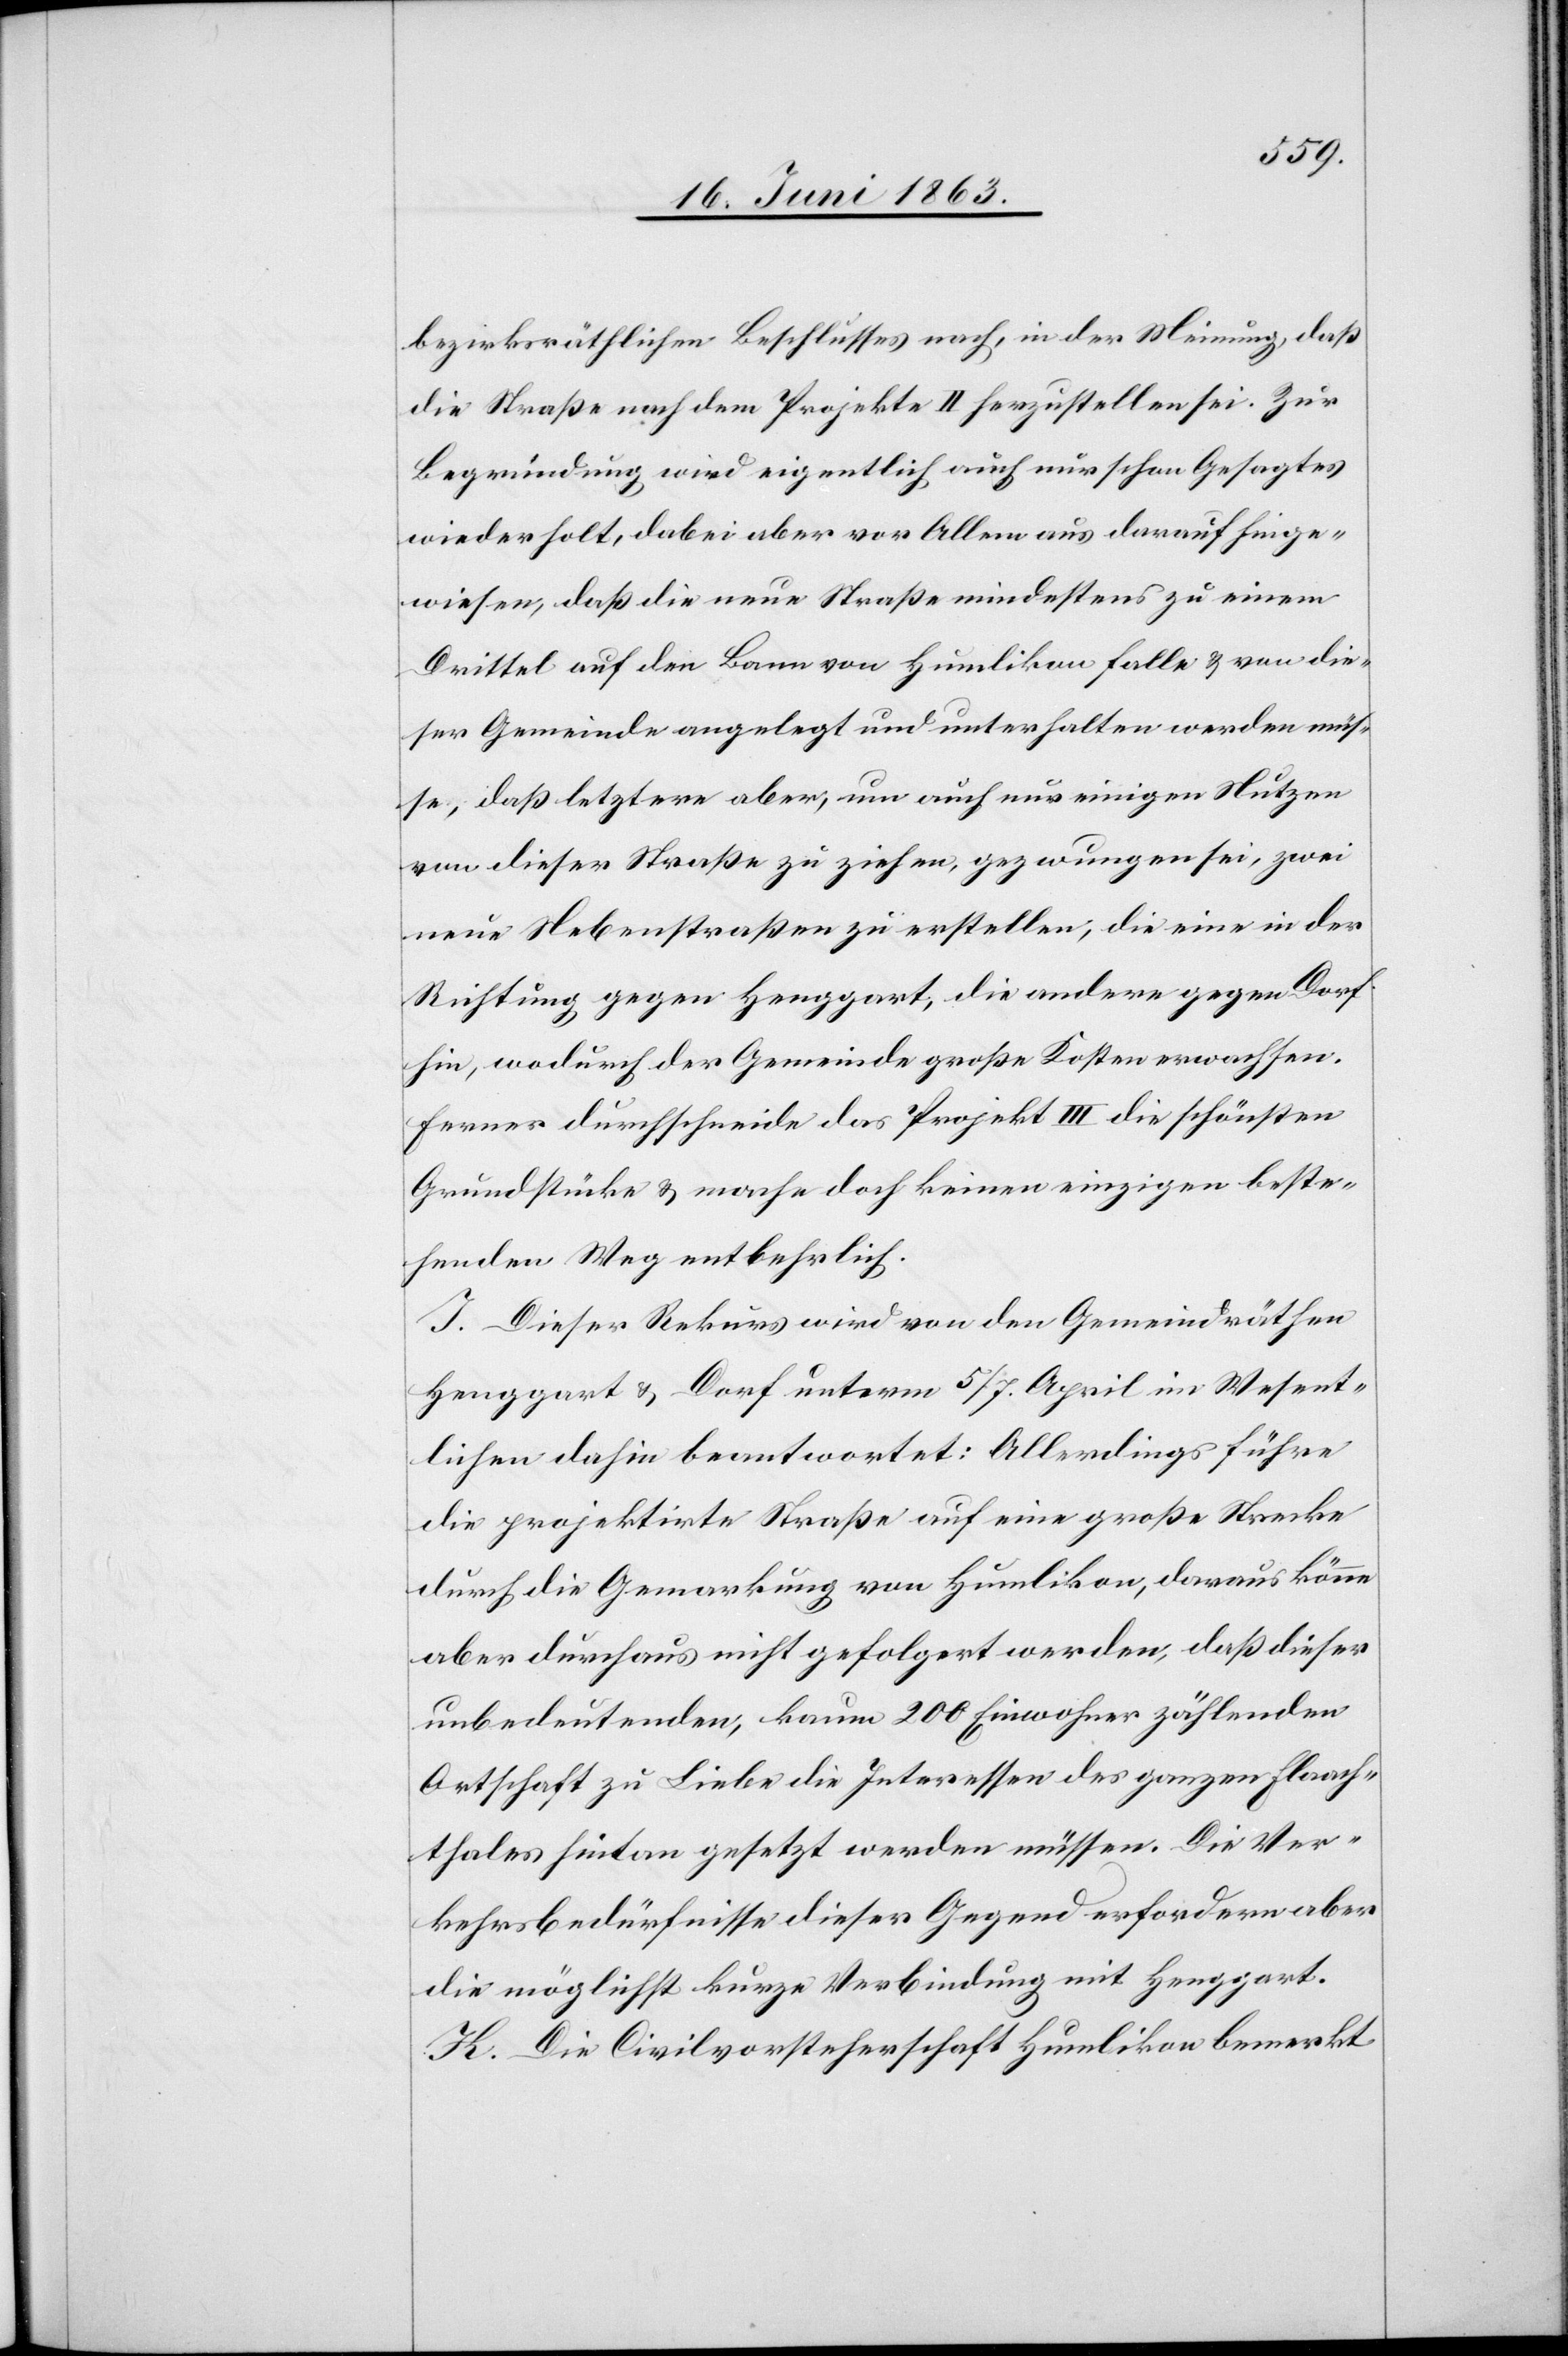
bezirksräthlichen Beschlusses nach, in der Meinung, daß
die Straße nach dem Projekte II herzustellen sei. Zur
Begründung wird eigentlich auch nur schon Gesagtes
wiederholt, dabei aber vor Allem aus darauf hinge¬
wiesen, daß die neue Straße mindestens zu einem
Drittel auf die Bann von Humlikon falle & von die¬
ser Gemeinde angelegt und unterhalten werden müs¬
se, daß letztere aber, um auch nur einigen Nutzen
von dieser Straße zu ziehen, gezwungen sei, zwei
neue Nebenstraßen zu erstellen, die eine in der
Richtung gegen Henggart, die andere gegen Dorf
hin, wodurch der Gemeinde große Kosten erwachsen.
Ferner durchschneide das Projekt III die schönsten
Grundstücke & mache doch keinen einzigen beste¬
henden Weg entbehrlich.
I. Dieser Rekurs wird von den Gemeindräthen
Henggart & Dorf unterm 5/7. April im Wesent¬
lichen dahin beantwortet: Allerdings führe
die projektirte Straße auf eine große Strecke
durch die Gemarkung von Humlikon, daraus könne
aber durchaus nicht gefolgert werden, daß dieser
unbedeutenden, kaum 200 Einwohner zählenden
Ortschaft zu Liebe die Interessen des ganzen Flaach¬
thales hintan gesetzt werden müssen. Die Ver¬
kehrsbedürfnisse dieser Gegend erfordern aber
die möglichst kurze Verbindung mit Henggart.
K. Die Civilvorsteherschaft Humlikon bemerkt